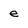
Character: e